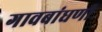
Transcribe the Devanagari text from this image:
गावबांधणी